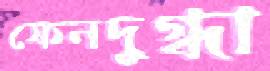
ফেনদুগ্ধা